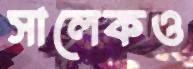
সালেকও